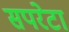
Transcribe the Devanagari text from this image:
सपरेटा